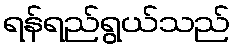
ရန်ရည်ရွယ်သည်